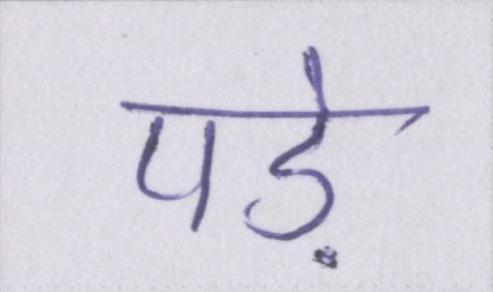
पड़े